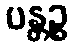
ပန္တဉ္စ